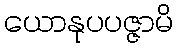
ယောနုပပဇ္ဇာမိ